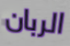
الربان